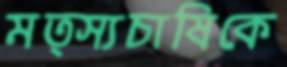
মত্স্যচাষিকে